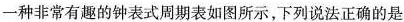
一种非常有趣的钟表式周期表如图所示，下列说法正确的是